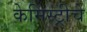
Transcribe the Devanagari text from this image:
केमिस्ट्रीचे